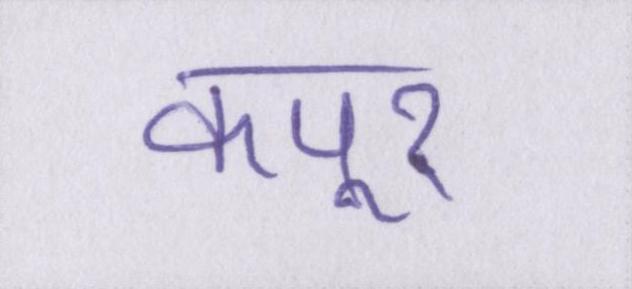
कपूर